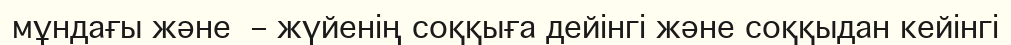
мұндағы және  – жүйенің соққыға дейінгі және соққыдан кейінгі